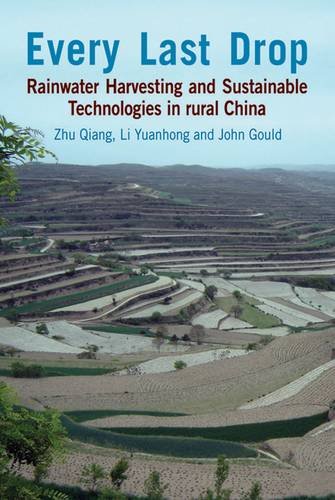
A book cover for Every Last Drop: Rainwater Harvesting and Sustainable Technologies in Rural China; Zhu Qiang; Science & Math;